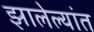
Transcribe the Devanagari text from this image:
झालेल्‍यांत